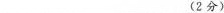
___(2分)